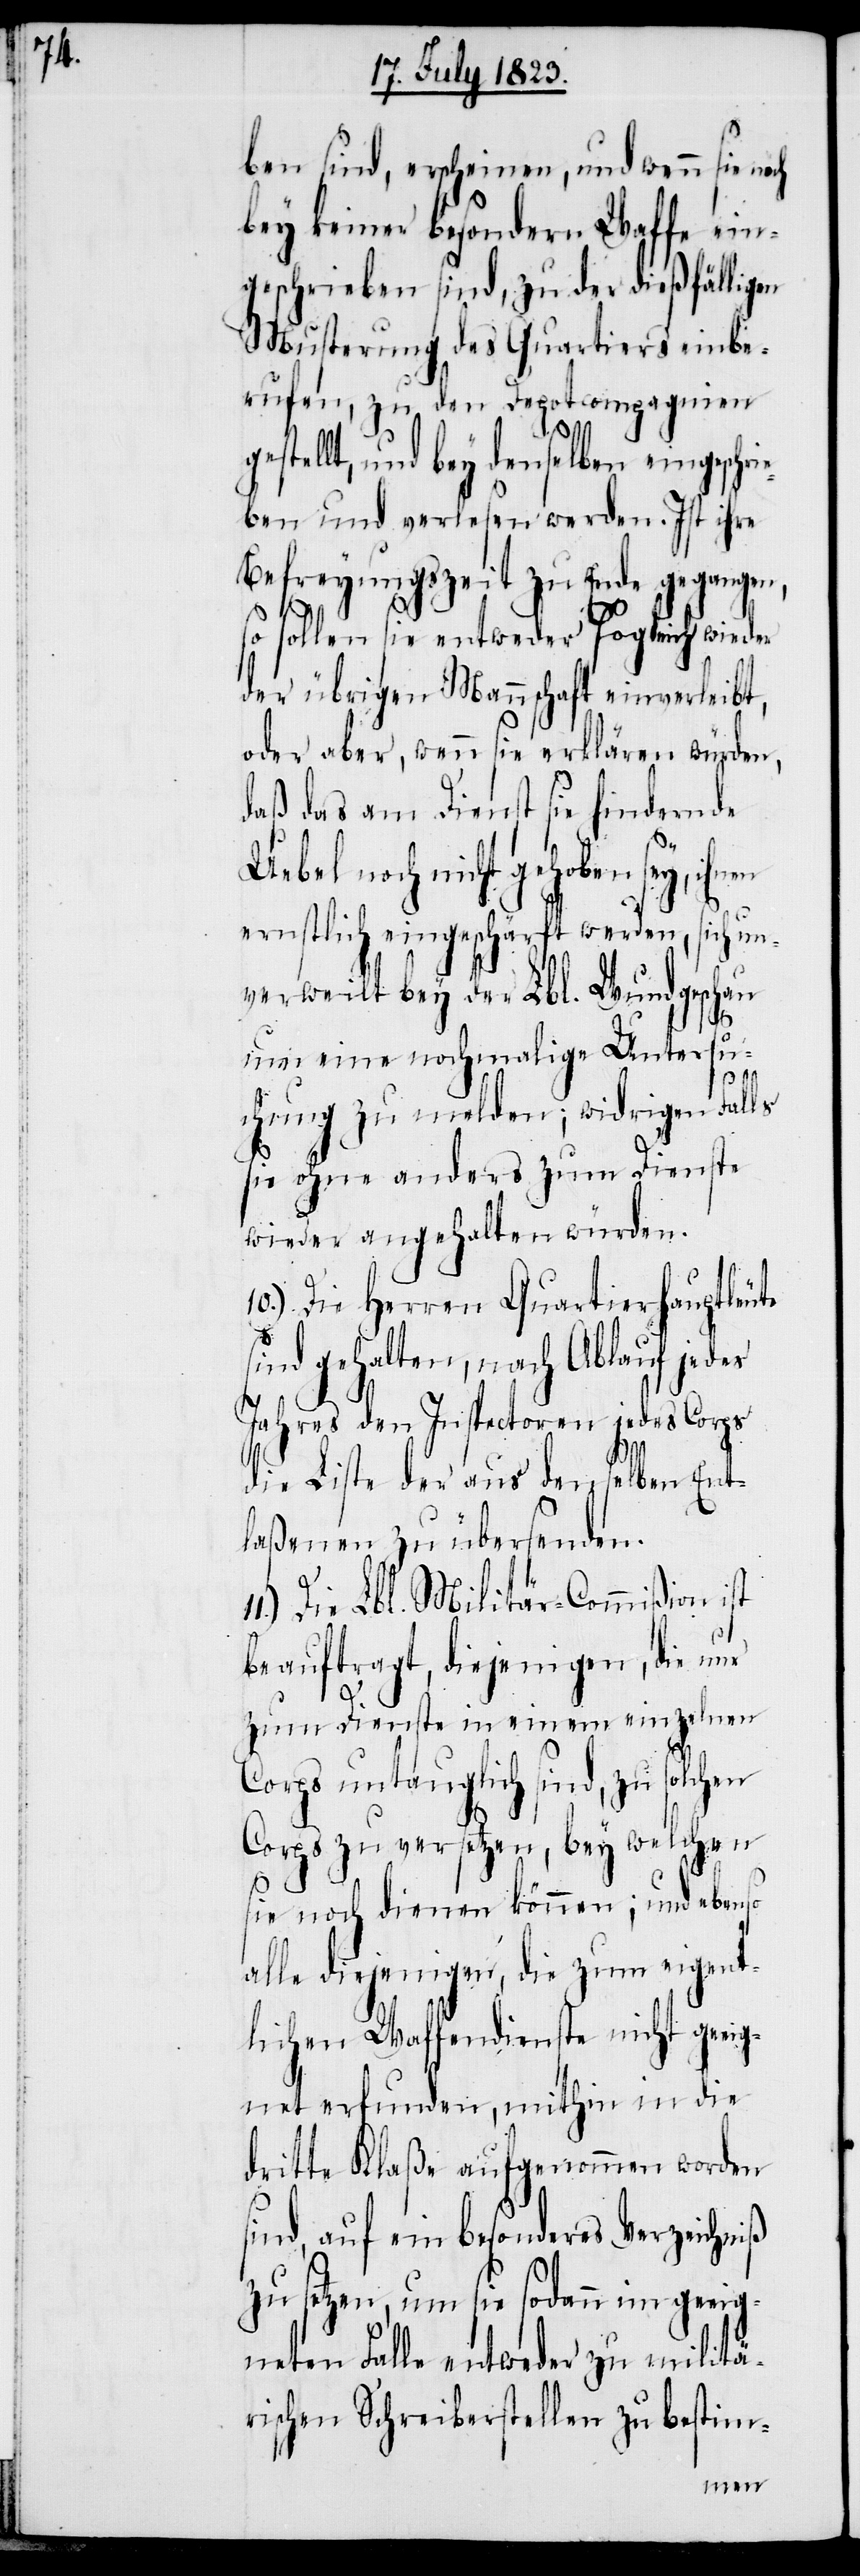
ben sind, erscheinen, und wenn sie noch
bey keiner besondern Waffe ein¬
geschreiben sind, zu der dießfälligen
Musterung des Quartiers einbe¬
rufen, zu den Depotcompagnien
11.)
gestellt, und bey denselben eingeschri¬
eben und verlesen werden. Ist ihre
Befreyungszeit zu Ende gegangen,
so sollen sie entweder sogleich wieder
der übrigen Mannschaft einverleibt,
oder aber, wenn sie erklären würden,
daß das am Dienst sie hindernde
Uebel noch nicht gehoben sey, i¬
ernstlich eingeschärft werden, sich un¬
verweilt bey der Lbl. Wundgeschau
um eine nochmalige Untersu¬
chung zu melden; widrigen Falls
sie ohne anders zum Dienste
wieder angehalten würden.
10.) Die Herren Quartierhauptleute
sind gehalten, nach Ablauf jedes
Jahres den Inspectoren jedes Corps
die Liste der aus den selben Ent¬
laßenen zu übersenden.
Die Lbl. Militär-Commißion ist
beauftragt, diejenigen, die nur
zum Dienste in einem einzelnen
Corps untauglich sind, zu solchen
Corps zu versetzten, bey welchen
sie noch dienen können; und ebenso
alle diejenigen, die zum eigent¬
lichen Waffendienste nicht geeig¬
net erfunden, mithin in die
dritte Klaße aufgenommen worden
sind, auf ein besonderes Verzeichniß
zu setzten, um sie sodann im geeig¬
neten Falle entweder zu militä¬
rischen Schreiberstellen zu bestim-
hnen